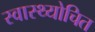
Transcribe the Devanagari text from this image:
स्वास्थ्योचित